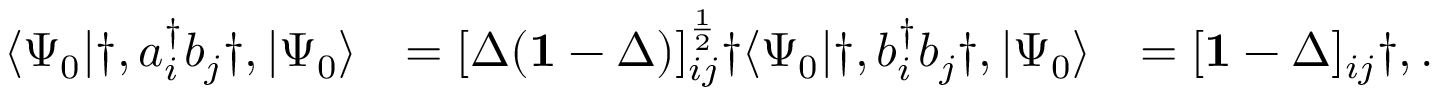
\begin{array} { r l r } { \langle \Psi _ { 0 } | \dag , a _ { i } ^ { \dagger } b _ { j } \dag , | \Psi _ { 0 } \rangle } & { = [ \Delta ( \mathbf { 1 } - \Delta ) ] _ { i j } ^ { \frac { 1 } { 2 } } \dag \langle \Psi _ { 0 } | \dag , b _ { i } ^ { \dagger } b _ { j } \dag , | \Psi _ { 0 } \rangle } & { = [ \mathbf { 1 } - \Delta ] _ { i j } \dag , . } \end{array}